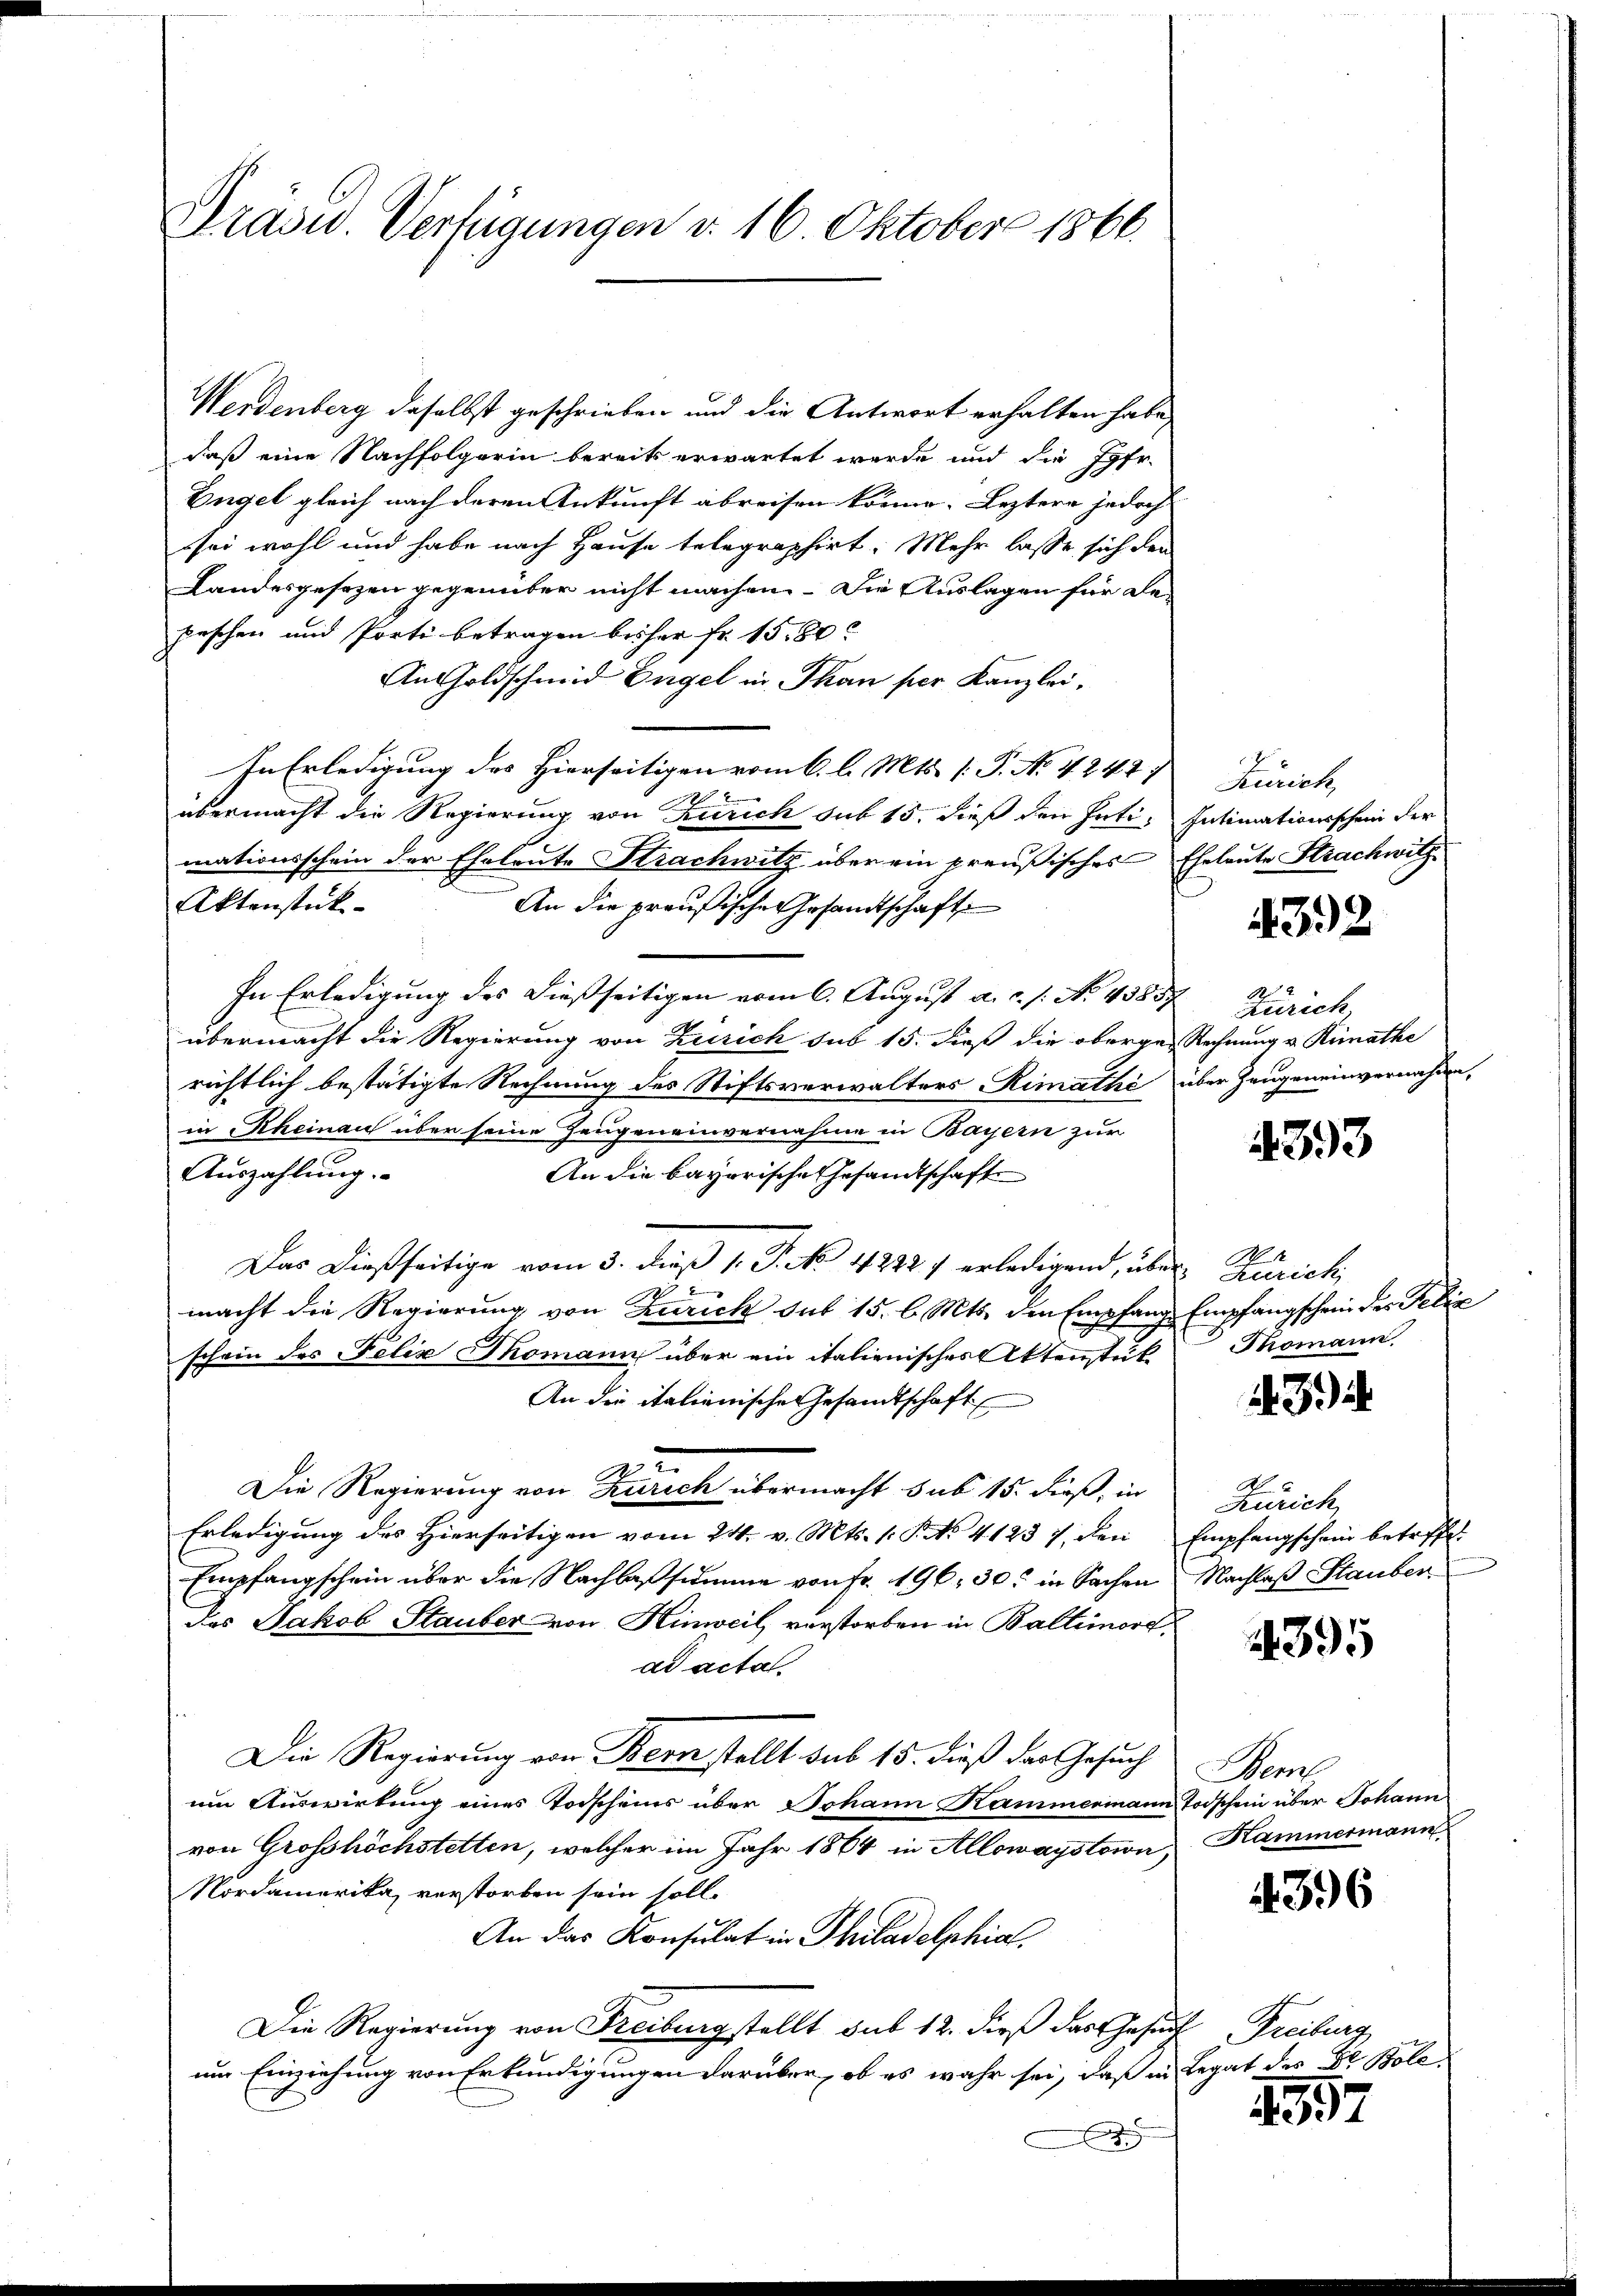
Prasid. Verfügungen d. 16. Oktober 1866.

Werdenberg daselbst geschrieben und die Antwort erhalten habe,
daß eine Nachfolgerin bereits erwartet werde und die Jgfr.
Engel gleich nach deren Ankunft abreisen könne. Leztere jedoch
sei wohl und habe nach Hause telegraphirt. Mehr lasse sich den
Landesgesezen gegenüber nicht machen. Die Auslagen für de
peschen und Porti betragen bisher fr. 1580
AnGoldschmid Engel in Than per Kanzlei.
In Erledigung des Hierseitigen vom 6. l. Mts. 1. P. Nr. 4247.
2
übermacht die Regierung von Zürich sub 15. dieß den Inti- Intimationsschein der
mationsschein der Eheleute Strachwitz über ein preußisches Eheleute Strachwitz¬
Aktenstück-
An die preußische Gesandtschaft
In Erledigung des dießseitigen vom 6. August a. c. s. No. 43857, Zürich,
übermacht die Regierung von Zürich sub 15. dieß die oberge- Rechnung v. Rimathe
richtlich bestätigte Rechnung des Stiftsverwalters Rimathe über Zeugeneinvernahme,
in Rheinau über seine Zeugeneinvernahme in Bayern zur
Auszahlung.
An die bayorische Gesandtschaft
Das dießseitige vom 3. daß 1. P. No. 42221 erledigend, über Zürich
macht die Regierung von Zürich auf 15. b. Mts. den Empfang Empfangschein des Felix
schein des Felix Thomann über ein italienisches Aktenstück
An die italienische Gesandtschaft
Die Regierung von Zürich übermacht sub 15. dieß, in
Erledigung des Hierseitigen vom 24. v. Mts. 1. P. No. 41237, den Empfangschein betreffe¬
Empfangschein über die Nachlassumme von Fr. 196, 30 in Sachen Nachlaß Stauber
Des Jakob Stauber von Hinweil verstorben in Baltimord,
ad actal
Die Regierung von Bern stellt sub 15. dieß das Gesuch
um Auswirkung eines Todscheins über Johann Kammermann Todschein über Johann
von Grosshöchstetten, welcher im Jahr 1864 in Allowaystowa
Nordamerika, verstorben sein soll.
An das Konsulat in Philadelphia
Die Regierung von Freiburg stellt sub 12. dieß das Gesuch Freiburg
um Einziehung von Erkundigungen darüber, ob es wahr sei, daß in Legat des Dr. Bole¬
E

Zürich

432

.

4393

Thomann.

3.)

Zürich

395

Mort
Kammermann

4396

4557